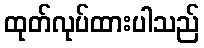
ထုတ်လုပ်ထားပါသည်